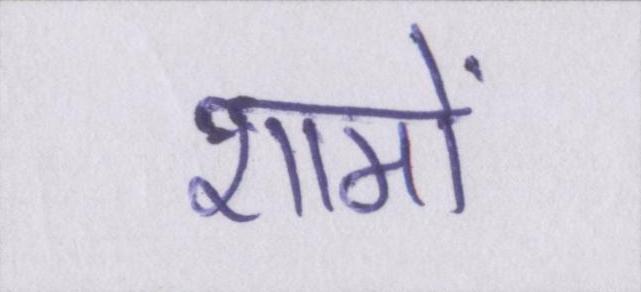
शामों